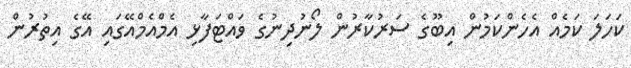
ކަހަލަ ކަމެއް އެހެންކަމުން އިބޫގެ ސަރުކާރުން ލޯނުދިނުުގެ ވައްޓަފާޅި އެމްއެމްއޭގައި އޭގެ އިތުރުން